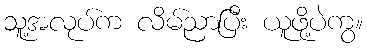
သူ့အလုပ်က လိမ်ညာပြီး ယူဖို့ပဲကွ။